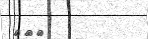
١٠٨